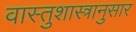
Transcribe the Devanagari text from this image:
वास्तुशास्त्रानुसार